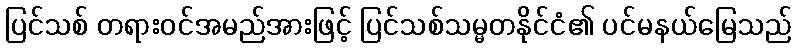
ပြင်သစ် တရားဝင်အမည်အားဖြင့် ပြင်သစ်သမ္မတနိုင်ငံ၏ ပင်မနယ်မြေသည်